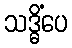
သဒ္ဓိံပေ